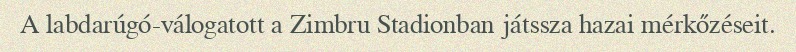
A labdarúgó-válogatott a Zimbru Stadionban játssza hazai mérkőzéseit.